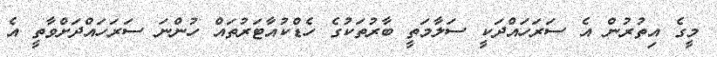
މީގެ އިތުރުން އެ ސަރަހައްދަކީ ސަލާމަތީ ބާރުތަކުގެ ހެޑްކުއާޓަރުތައް ހުންނަ ސަރަހައްދަށްވާތީ އެ